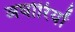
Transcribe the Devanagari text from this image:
अघोरियों